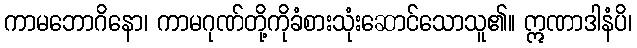
ကာမဘောဂိနော၊ ကာမဂုဏ်တို့ကိုခံစားသုံးဆောင်သောသူ၏။ ဣဏာဒါနံပိ၊